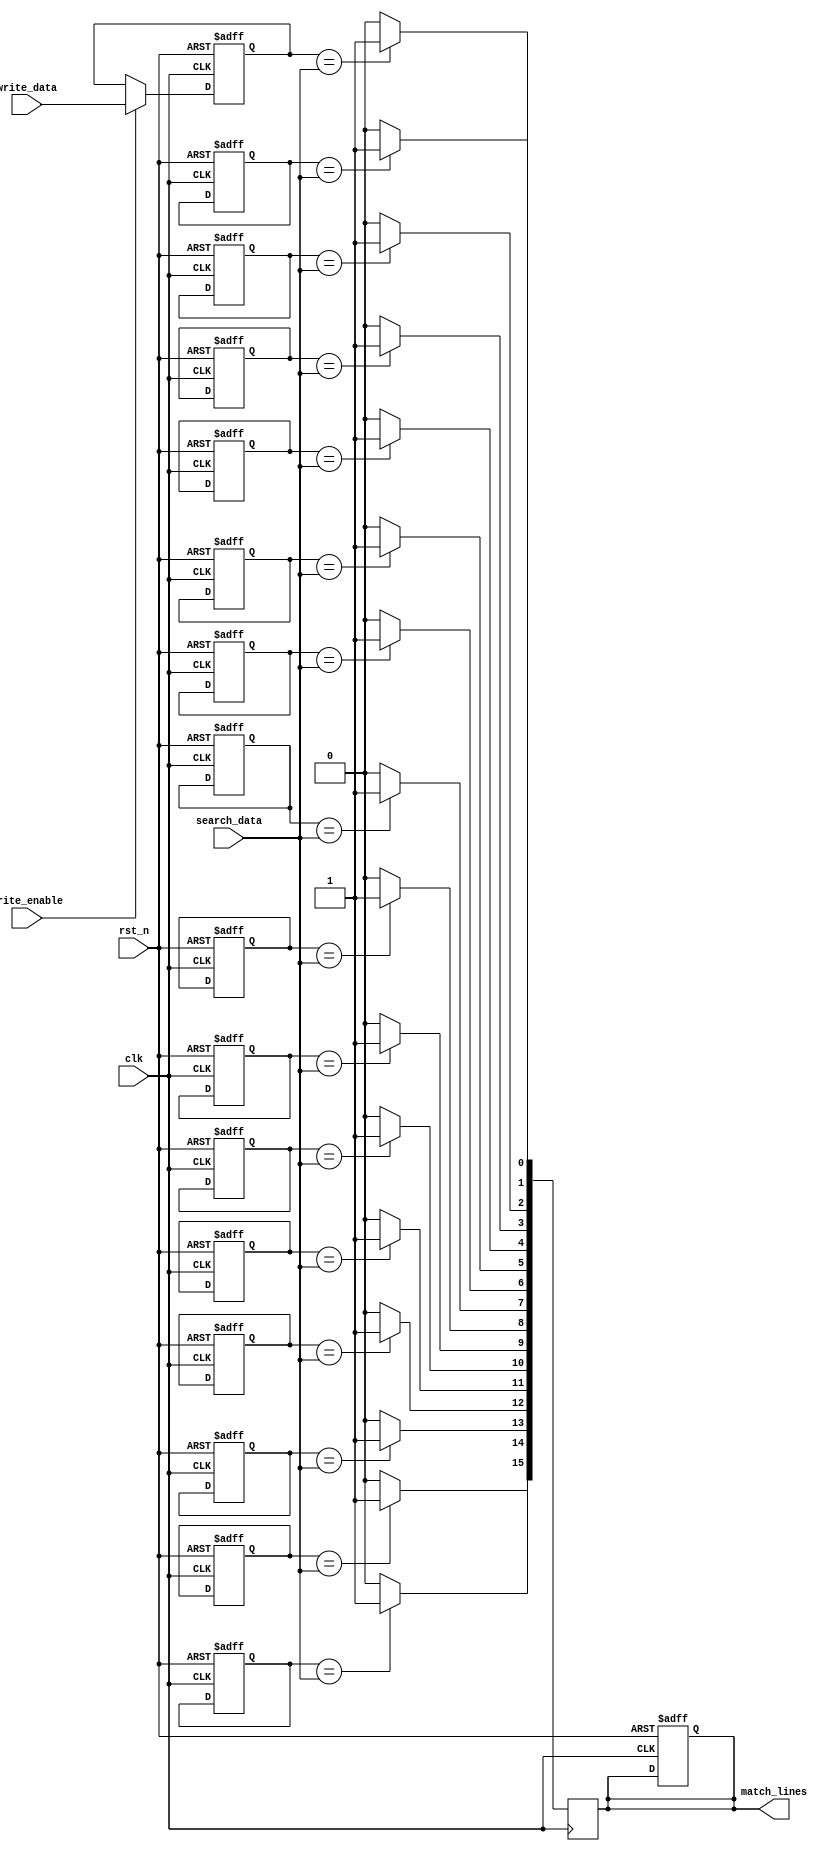
module energy_efficient_cam #(
    parameter DATA_WIDTH = 8,  // Width of each entry
    parameter CAM_SIZE = 16    // Number of entries in the CAM
)(
    input wire clk,
    input wire rst_n,
    input wire [DATA_WIDTH-1:0] search_data,
    input wire write_enable,
    input wire [DATA_WIDTH-1:0] write_data,
    output reg [CAM_SIZE-1:0] match_lines
);

    reg [DATA_WIDTH-1:0] cam_array [0:CAM_SIZE-1]; // CAM Memory Array
    reg [CAM_SIZE-1:0] precharge; // Precharge signals
    reg evaluate; // Evaluate signal

    // Initialize the CAM
    integer i;
    always @(posedge clk or negedge rst_n) begin
        if (!rst_n) begin
            for (i = 0; i < CAM_SIZE; i = i + 1) begin
                cam_array[i] <= {DATA_WIDTH{1'b0}};
            end
            match_lines <= {CAM_SIZE{1'b0}};
            precharge <= {CAM_SIZE{1'b0}};
            evaluate <= 1'b0;
        end else if (write_enable) begin
            // Write operation
            cam_array[0] <= write_data; // For simplicity, writing to the first entry
        end
    end

    // Pre-charge Phase
    always @(posedge clk) begin
        // Pre-charge all match lines
        precharge <= {CAM_SIZE{1'b1}};
    end

    // Evaluate Phase
    always @(posedge clk) begin
        evaluate <= 1'b1; // Set evaluate signal
        match_lines <= {CAM_SIZE{1'b0}}; // Reset match lines

        // Perform matching
        for (i = 0; i < CAM_SIZE; i = i + 1) begin
            if (cam_array[i] == search_data) begin
                match_lines[i] <= 1'b1; // Set match line if matched
            end
        end
    end

    // Reset evaluate signal
    always @(posedge clk) begin
        if (evaluate) begin
            evaluate <= 1'b0; // Reset after evaluation
        end
    end

endmodule